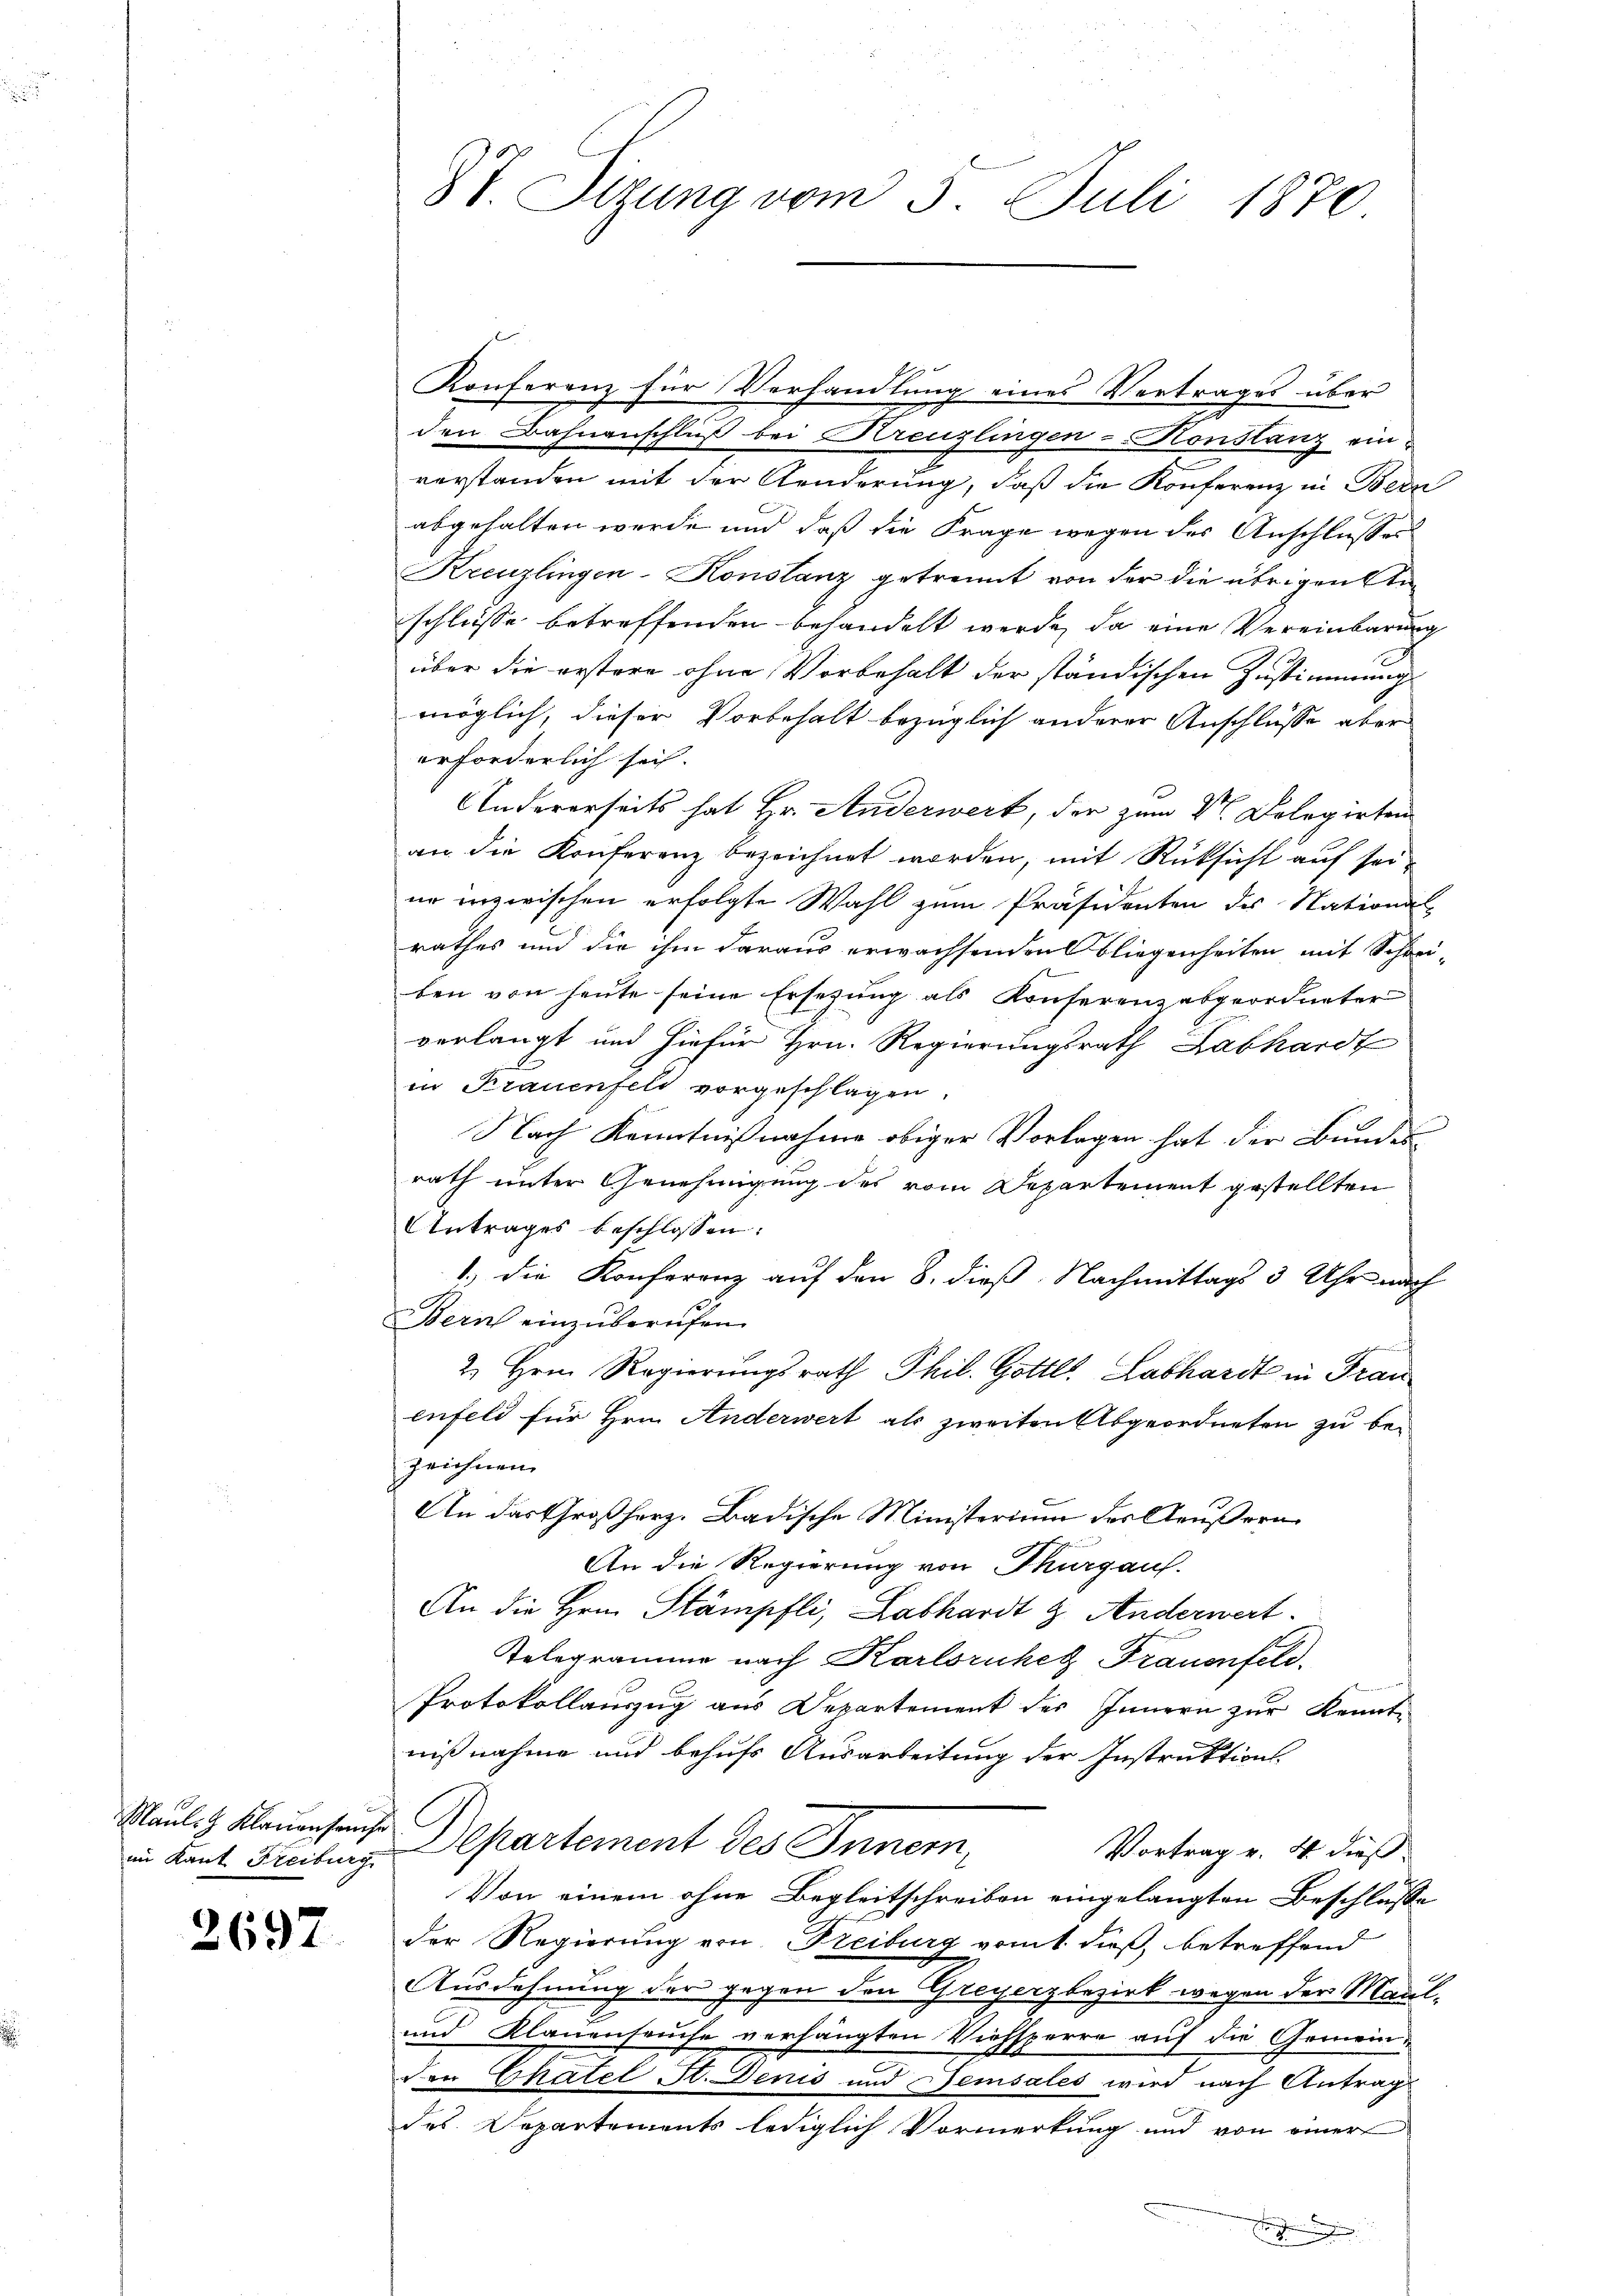
Mauli & Klauenhause

2697

87 Sizung vom 3. Juli 1870

1
Konferenz für Verhandlung eines Vertrages über
den Bahnenschluß bei Kreuzlingen-Konstanz ein-
verstanden mit der Aenderung, daß die Konferenz in Bern
abgehalten werde und daß die Frage wegen des Anschlusses
Kreuzlingen-Konstanz getrennt von der die übrigen Anschlüsse betreffenden behandelt werde, da eine Vereinbarung
über die erstere ohne Vorbehalt der ständischen Zustimmung
möglich, dieser Vorbehalt bezüglich anderer Anschlüsse aber
erforderlich sich. |
Andererseits hat Hr. Anderwert, der zum V. Delegirten
an die Konferenz bezeichnet worden, mit Rüksicht auf sei
ur inzwischen erfolgte Wahl zum Präsidenten des National-
rathes und die ihm daraus erwachsenden Fliegenheiten mit Schreiben von heute seine Ersetzung als Konferenzabgeordneter
verlangt und hiefür Hrn. Regierungsrath Labhardt
in Brauenfeld vorgeschlagen.
Nach Kenntnißnahme obiger Vorlagen hat der Bundes
rath unter Genehmigung des vom Departement gestellten
Antrages beschlossen:
1.) Die Konferenz auf den 8. dieß Nachmittags 3 Uhr nach
Bern einzuberufen.
2. Hrn. Regierungsrath Phil. Gottl. Labhardt in Frau
enfeld für Hrn. Anderwert als zweiten Abgeordneten zu bezeichnen
An das Großherz- Badische Ministerium der Aeußern
An die Regierung von Thurgauf.
An die Hrn. Stämpfli, Labhardt & Anderwert.
Telegramme nach Karlsruhet Frauenfeld.
Protokollauszug aus Departement des Innern zur Kenntnißnahme und behufs Ausarbeitung der Instruktions
in kant Freibung. Departement des Innern,
Vortrag v. 4. dieß
Von einem ohne Begleitschreiben eingelangten Beschlusse
der Regierung von Freiburg vom 1. dieß, betreffend
Ausdehnung der gegen den Greyerzbezirk wegen der Maul-
und Klauenseuche verhängten Viehsperre auf die Gemeinden Chatel St. Denis und Sensales wird nach Antrag
des Departements lediglich Vormerkung und von einer
 e